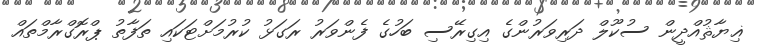
ޣިޔާޘުއްދީން ސުކޫލް ދަރިވަރުންގެ އިގިރޭސި ބަހުގެ ފެންވަރު ރަގަޅު ކުރުމަށްޓަކައި ތަފާތު ޕްރޮގްރާމްތައް